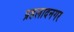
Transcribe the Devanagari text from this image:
प्रहलादनगर